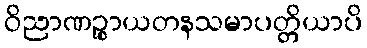
ဝိညာဏဉ္စာယတနသမာပတ္တိယာပိ